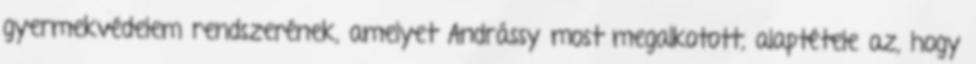
gyermekvédelem rendszerének, amelyet Andrássy most megalkotott, alaptétele az, hogy